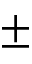
\pm